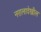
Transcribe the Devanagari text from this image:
नरालादेखील